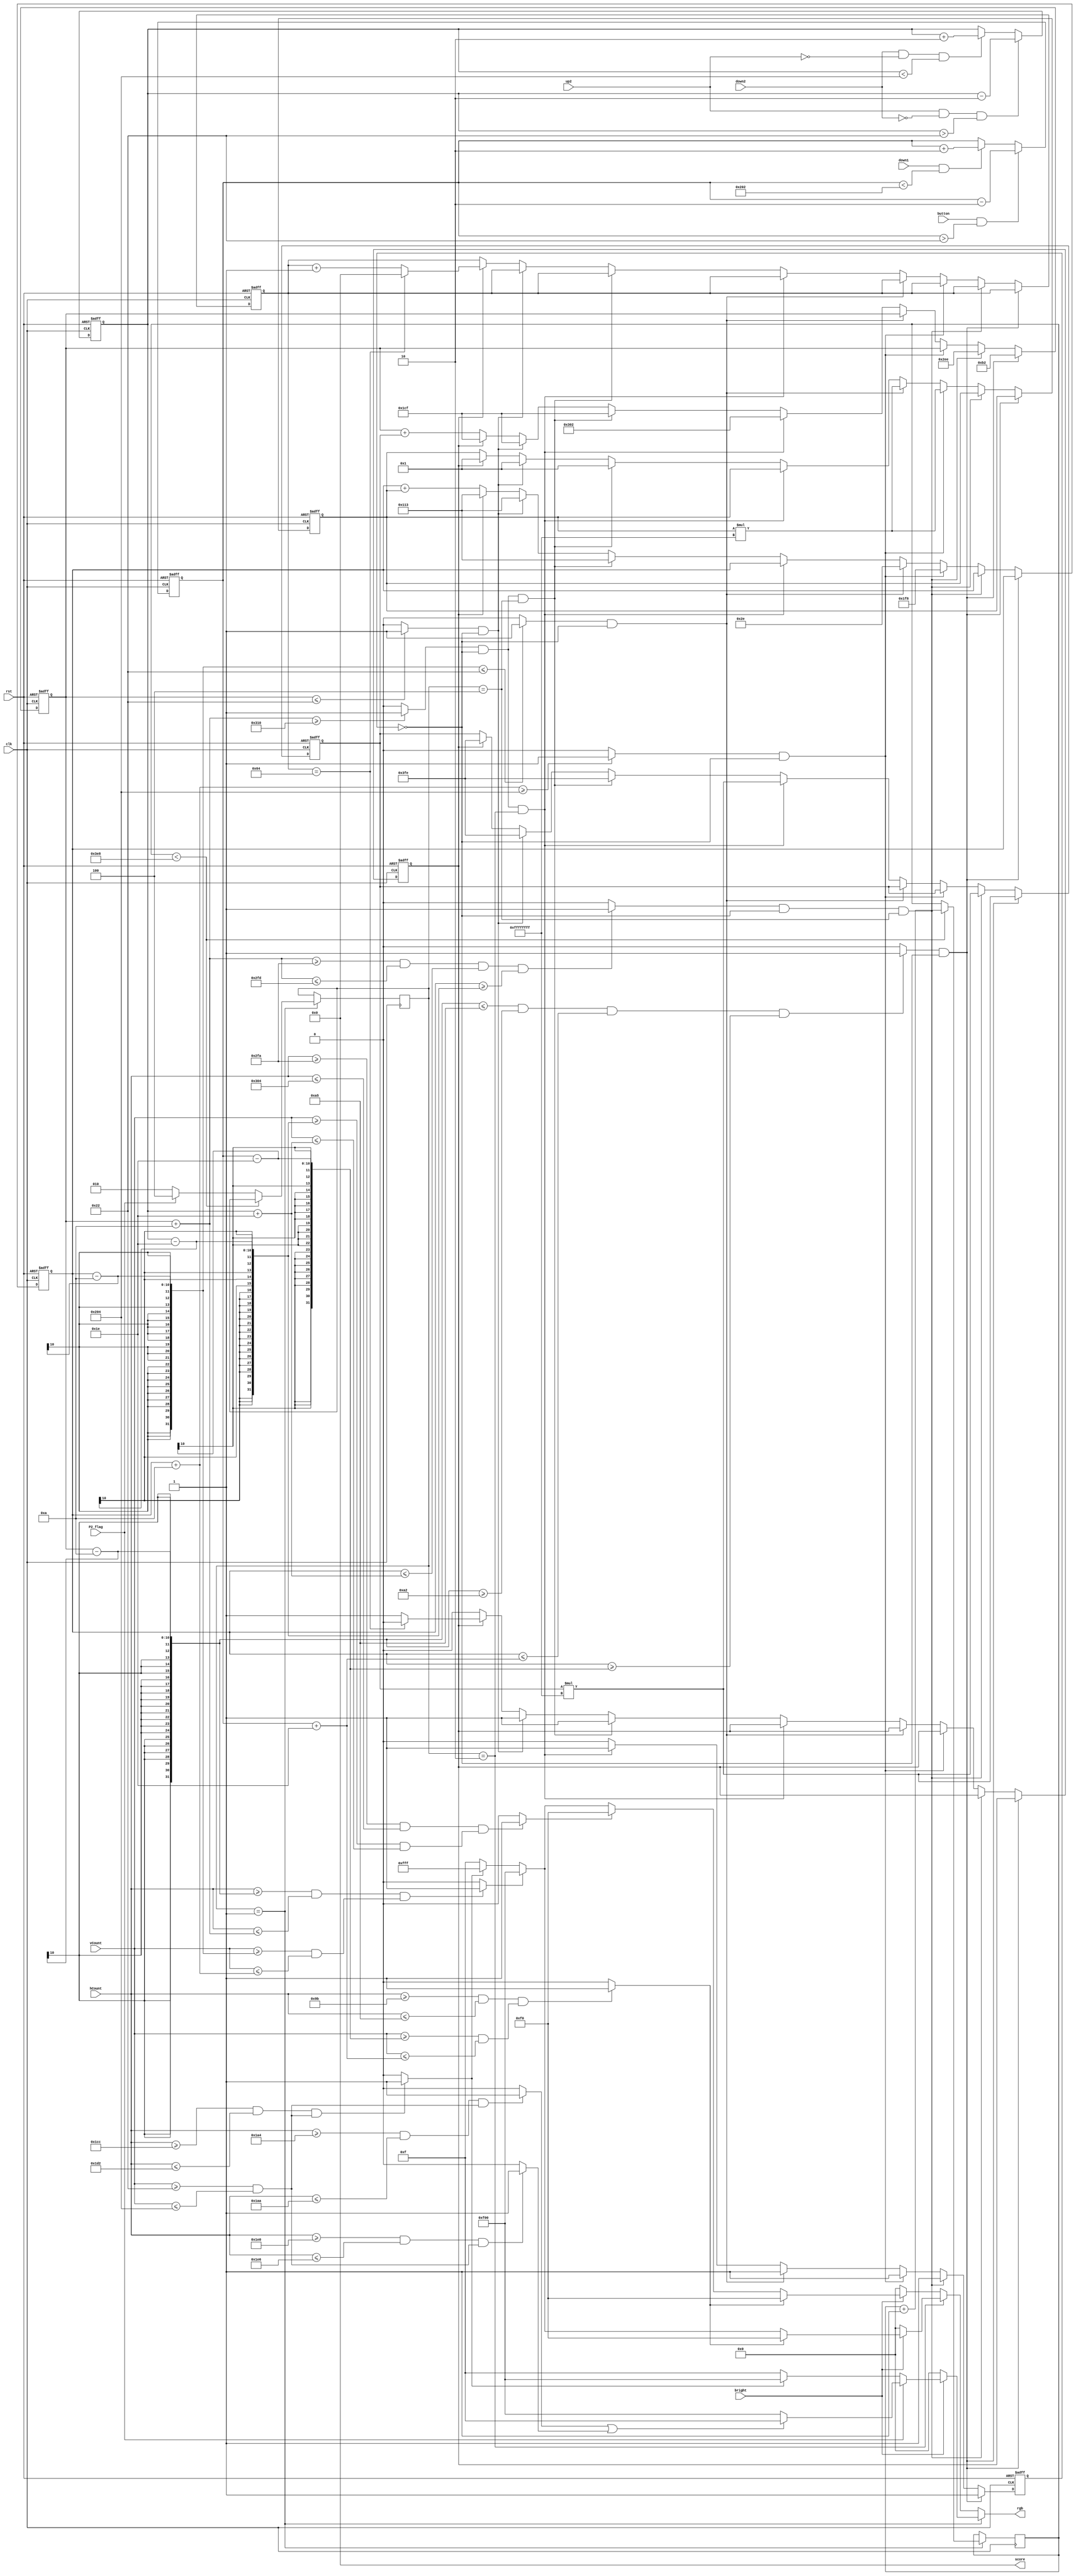
module vga_bitchange(
	input clk,
	input bright,
	input button,
	input down1,
	input down2,
	input up2,
	input [9:0] hCount, vCount,
	input rst,
	input P2_flag,
	output reg [11:0] rgb,
	output reg [15:0] score
   );
	reg [9:0] ypos1, ypos2, xpos1, xpos2;
	reg [2:0] state;
	
	parameter BLACK = 12'b0000_0000_0000;
	parameter WHITE = 12'b1111_1111_1111;
	parameter RED   = 12'b1111_0000_0000;
	parameter GREEN = 12'b0000_1111_0000;
	parameter BLUE = 12'b0000_0000_1111;
	
	localparam
	    Q_INIT	=   3'b001,
	    Q_P1	=   3'b010,
	    Q_P2	=   3'b100; //was <= on last version

	wire midline;
	wire leftPaddle;
	wire rightPaddle; 
	wire first_tally, second_tally;
	reg[9:0] ballxvelocity, ballyvelocity, ballx, bally;
	reg reset;
	reg collision_flag;
	reg wait_flag;
	reg [15:0] wait_count;
	reg [15:0] count;
	wire lp_collision, rp_collision, bw_collision, tw_collision, rw_collision;


	initial begin
		score = 15'd0;
		count = 15'd0;
		reset = 1'b0;
		state = Q_INIT;
	end
	
	
	always@ (*)
		if (state == Q_INIT)
			begin
				if (~bright)
					rgb = BLACK; // force black if not bright
				else if (P2_flag)
				    begin 
					   rgb = RED;
					   if (first_tally || second_tally)
					      rgb = BLUE;
					end
				else
				    begin
				       rgb = BLUE;
					    if (midline == 1)
					      rgb = RED;
				    end
			end
		else if (state == Q_P1)
			begin
				if (~bright)
					rgb = BLACK; // force black if not bright
				else if (leftPaddle == 1)
					rgb = GREEN;
				else if ( ball == 1)
					rgb = RED;
				else if (midline == 1)
					rgb = WHITE; // white box
				else
					rgb = BLUE; // background color
			end
		else // P2 
			begin
				if (~bright)
					rgb = BLACK; // force black if not bright
				else if (leftPaddle == 1)
					rgb = GREEN;
				else if (rightPaddle == 1)
					rgb = GREEN;
				else if ( ball == 1)
					rgb = RED;
				else if (midline == 1)
					rgb = WHITE; // white box
				else
					rgb = BLUE; // background color
			end
			
		
		
//main state machine: INIT, P1 mode, P2 mode
always @ (posedge clk)
		begin
			case(state)
				Q_INIT:
					if (count < 1000)
						count <= count +1;
					else
					   begin
					       if (P2_flag)
						      state <= Q_P2;
						   else
						      state <= Q_P1;
					   end
		     endcase
		 end

//ball logic
always@(posedge clk, posedge rst) 
	begin
		if(rst)
		begin 
			ballx <=463;
			bally <= 275;
			collision_flag <= 0;
			ballxvelocity <= -2;
			ballyvelocity <= 1;
			wait_flag <=0;
			wait_count <=0;
			//state <= Q_INIT;
		end
		else if (clk) 
			begin
				//left paddle collision event
			  if (lp_collision && collision_flag==0)
				  begin
				      collision_flag <= 1;
					  ballxvelocity <= ballxvelocity * -1;
					  ballx <= 10'd178;
				  end
			  else if (rp_collision && collision_flag== 0 && state == Q_P2)
				  begin
				      collision_flag <= 1;
					  ballxvelocity <= ballxvelocity * -1;
					  ballx <= 10'd750;
				  end
			  else if (bw_collision && collision_flag== 0)
				  begin
				      collision_flag <= 1;
					  ballyvelocity <= ballyvelocity * -1;
					  bally <= 10'd504;
				  end
			  else if (tw_collision && collision_flag== 0)
				  begin
				      collision_flag <= 1;
					  ballyvelocity <= ballyvelocity * -1;
					  bally <= 10'd46;
				  end
			  else if (rw_collision && collision_flag== 0 && state == Q_P1)
				  begin
				      collision_flag <= 1;
					  ballxvelocity <= ballxvelocity * -1;
					  ballx <= 10'd770;
				  end
			  else if (rw_collision && collision_flag== 0 && state == Q_P2)
				  begin
				      ballx <=463;
			          bally <= 275;
			          collision_flag <= 0;
			          ballxvelocity <= -2;
			          ballyvelocity <= 1;
			          wait_flag <=1;
				  end
			  else if (lw_collision && collision_flag== 0)
				  begin
				      ballx <=463;
			          bally <= 275;
			          collision_flag <= 0;
			          ballxvelocity <= -2;
			          ballyvelocity <= 1;
			          wait_flag <=1;
				  end
			  else if (wait_flag)
				  begin
				      ballx <=463;
			          bally <= 275;
			          collision_flag <= 0;
			          ballxvelocity <= -2;
			          ballyvelocity <= 1;
			          wait_flag <=1;
			          wait_count <= wait_count + 1;
			          if (wait_count == 100)
			             begin
			                 wait_flag <= 0;
			                 wait_count <=0;
			             end
				  end
			  else
					begin
					  collision_flag <= 0;
					  ballx <= ballx + ballxvelocity;
					  bally <= bally + ballyvelocity;
					end
			end
			
	end
		
	always@(posedge clk, posedge rst) 
	begin
		if(rst)
		begin 
			//rough values for center of screen
			ypos1<=250;
		end
		else if (clk) 
		begin
			if(button && ypos1 > 34) begin   //paddle 1 movement
				ypos1<=ypos1-2; //change the amount you increment to make the speed faster 
			end
			else if(down1 && ypos1 < 514) begin
				ypos1<=ypos1+2;
			end
		end
	end

	always@(posedge clk, posedge rst)
	begin
		if(rst)
		begin 
		ypos2 <= 250;
		end
		else if (clk)
		begin
			 if(up2 && ~down2 && ypos2 > 34) begin  //padde 2 movement
				ypos2<=ypos2-2;
			end
			else if(down2 && ~up2 && ypos2 < 516) begin
				ypos2<=ypos2+2;
			end
       
		end
	end	
	
	
	//drawing objects on the screen
	assign midline = ((hCount >= 10'd460) && (hCount <= 10'd466)) && ((vCount >= 10'd34) && (vCount <= 10'd516)) ? 1 : 0;

	assign ball = ((hCount >= ballx-10) && (hCount <= ballx+10)) && ((vCount >= bally-10) && (vCount <= bally+10)) ? 1 : 0;

	assign leftPaddle = ((hCount >= 10'd155) && (hCount <= 10'd165)) && ((vCount >= ypos1-30) && (vCount <= ypos1+30)) ? 1 : 0;
	
	assign rightPaddle =((hCount >= 10'd762) && (hCount <= 10'd772)) && ((vCount >= ypos2-30) && (vCount <= ypos2+30)) ? 1 : 0;
	
	assign first_tally = ((hCount >= 10'd420) && (hCount <= 10'd426)) && ((vCount >= 10'd34) && (vCount <= 10'd516)) ? 1 : 0;
	
	assign second_tally = ((hCount >= 10'd480) && (hCount <= 10'd486)) && ((vCount >= 10'd34) && (vCount <= 10'd516)) ? 1 : 0;

	
	
	//left paddle collision
	assign lp_collision = ( (ballx- 10) <= 165) &&  ((ballx- 10) >= 162) &&(bally <=ypos1+30) && (bally >= ypos1 - 30) ? 1 : 0 ;
	
	//right paddle collision
	assign rp_collision = ( (ballx+ 10) >= 762) && ((ballx+ 10) <= 765) && (bally <=ypos2+30) && (bally >= ypos2 - 30) ? 1 : 0 ;
	
	//bottom wall collision
	assign bw_collision = ( bally + 10 >= 516) ? 1 : 0 ;
	
	//top wall collision
	assign tw_collision = ( bally - 10 <= 34) ? 1 : 0 ;
	
	//right wall collision
	assign rw_collision =  (ballx+ 10) >= 784 ? 1 : 0;
	
	//left wall collision
	assign lw_collision = ballx <= 34 ? 1 : 0;
	
	
endmodule